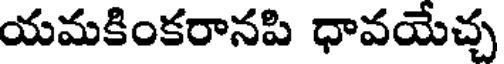
యమకింకరానపి ధావయేచ్చ